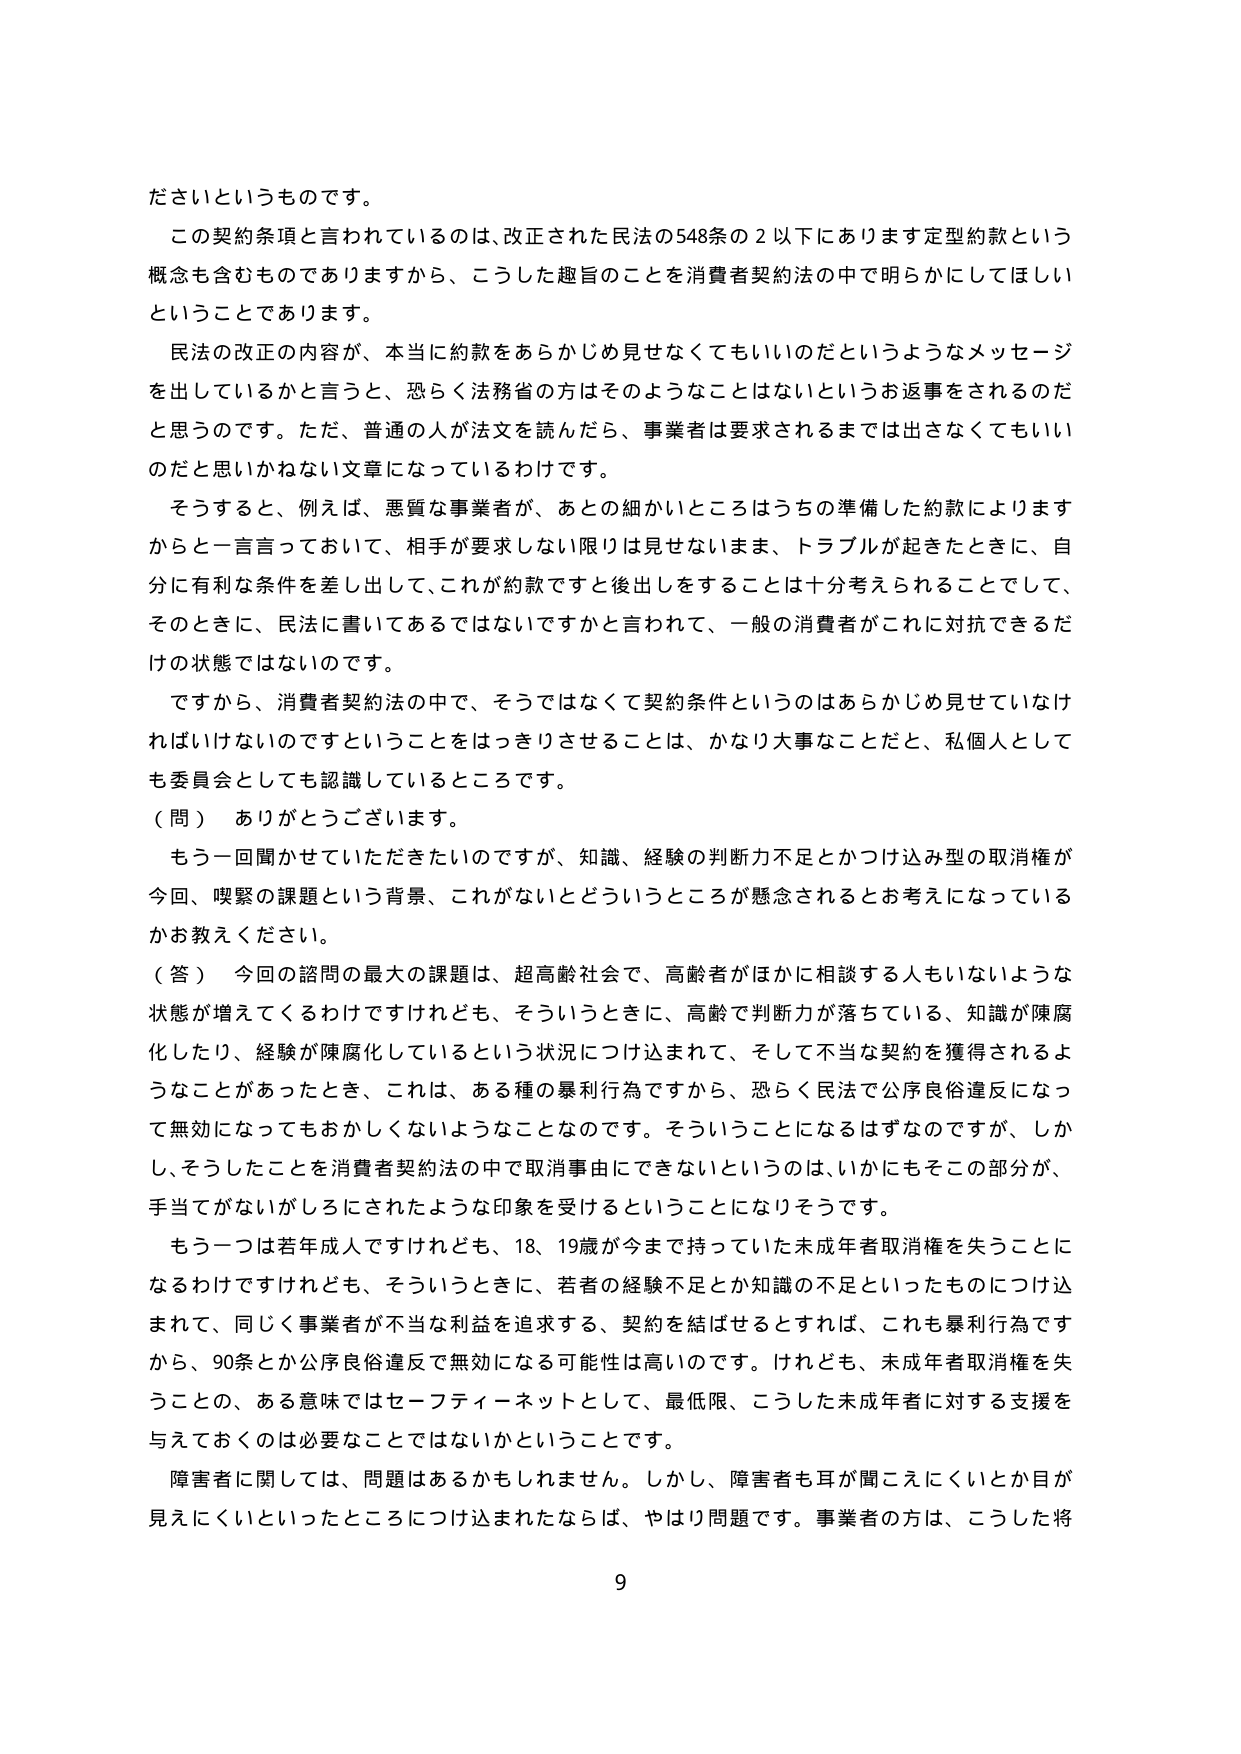
ださいというものです。

この契約条項と言われているのは、改正された民法の548条の2以下にあります定型約款という概念も含むものでありますから、こうした趣旨のことを消費者契約法の中で明らかにしてほしいということであります。

民法の改正の内容が、本当に約款をあらかじめ見せなくてもいいのだというようなメッセージを出しているかと言うと、恐らく法務省の方はそのようなことはないというお返事をされるのだと思うのです。ただ、普通の人が法文を読んだら、事業者は要求されるまでは出さなくてもいいのだと思いかけない文章になっているわけです。

そうすると、例えば、悪質な事業者が、あとの細かいところはうちの準備した約款によりますからと一言言っておいて、相手が要求しない限りは見せないまま、トラブルが起きたときに、自分に有利な条件を差し出して、これが約款ですと後出しをすることは十分考えられることでして、そのときに、民法に書いてあるではないですかと言われて、一般の消費者がこれに対抗できるだけの状態ではないのです。

ですから、消費者契約法の中で、そうではなくて契約条件というのはあらかじめ見せていただければいけないのですということをはっきりさせることは、かなり大事なことだと、私個人としても委員会としても認識しているところです。

（問）ありがとうございます。

もう一回聞かせていただきたいのですが、知識、経験の判断力不足とかつけ込み型の取消権が今回、喫緊の課題という背景、これがないとどういうところが懸念されるかと考えになっているかお教えください。

（答）今回の諮問の最大の課題は、超高齢社会で、高齢者がほかに相談する人もいないような状態が増えてくるわけですが、そういうときに、高齢で判断力が落ちている、知識が陳腐化したり、経験が陳腐化しているという状況につけ込まれて、そして不当な契約を獲得されるようなことがあったとき、これは、ある種の暴利行為ですから、恐らく民法で公序良俗違反になって無効になってもおかしくないようなことなのです。そういうことになるはずなのですが、しかし、そうしたことを消費者契約法の中で取消事由にできないというのは、いかにもそこの部分が、手当てがながしろにされたような印象を受けるということになりそうです。

もう一つは若年成人ですけれども、18、19歳が今まで持っていた未成年者取消権を失うことになるわけですが、そういうときに、若者の経験不足とか知識の不足といったものにつけ込まれて、同じく事業者が不当な利益を追求する、契約を結ばせるとすれば、これも暴利行為ですから、90条とか公序良俗違反で無効になる可能性は高いのです。けれども、未成年者取消権を失うことの、ある意味ではセーフティーネットとして、最低限、こうした未成年者に対する支援を与えておくのは必要なことではないかということです。

障害者に関しては、問題はあるかもしれません。しかし、障害者も耳が聞こえにくいとか目が見えにくいといったところにつけ込まれたならば、やはり問題です。事業者の方は、こうした将

9